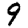
Digit: 9